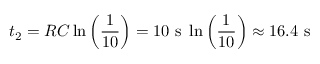
t _ { 2 } = R C \ln { \left( \frac { 1 } { 1 0 } \right) } = 1 0 \mathrm { ~ s ~ } \ln { \left( \frac { 1 } { 1 0 } \right) } \approx 1 6 . 4 \mathrm { ~ s ~ }